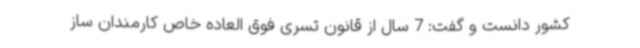
کشور دانست و گفت: 7 سال از قانون تسری فوق العاده خاص کارمندان ساز